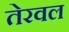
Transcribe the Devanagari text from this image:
तेरवल